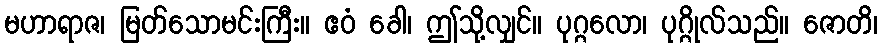
မဟာရာဇ၊ မြတ်သောမင်းကြီး။ ဧဝံ ခေါ၊ ဤသို့လျှင်။ ပုဂ္ဂလော၊ ပုဂ္ဂိုလ်သည်။ ဇောတိ၊